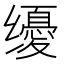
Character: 𰭀